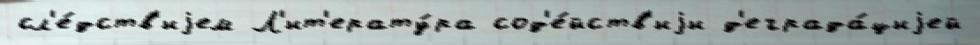
сл'е́дств'иjем Л'ит'ерату́ра сод'е́йств'иjи д'еграда́циjей